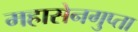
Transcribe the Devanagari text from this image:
महासेनगुप्ता